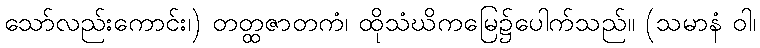
သော်လည်းကောင်း၊) တတ္ထဇာတကံ၊ ထိုသံဃိကမြေ၌ပေါက်သည်။ (သမာနံ ဝါ၊